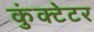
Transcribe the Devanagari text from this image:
कुंक्टेटर